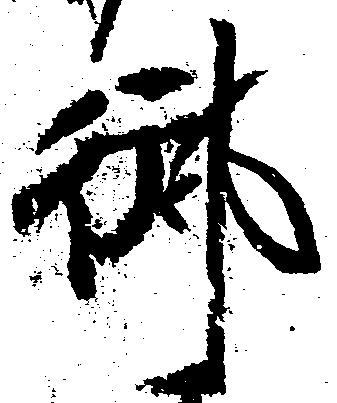
御